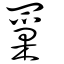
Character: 罺